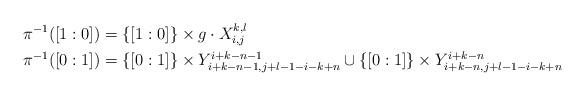
LaTeX: \begin{align*}\pi^{-1}([1 : 0]) &= \{[1:0]\} \times g \cdot X_{i,j}^{k,l} \\ \pi^{-1}([0: 1]) &=\{ [0:1]\} \times Y_{i+k-n-1,j+l-1-i-k+n}^{i+k-n-1} \cup \{ [0:1]\} \times Y_{i+k-n,j+l-1-i-k+n}^{i+k-n} \end{align*}